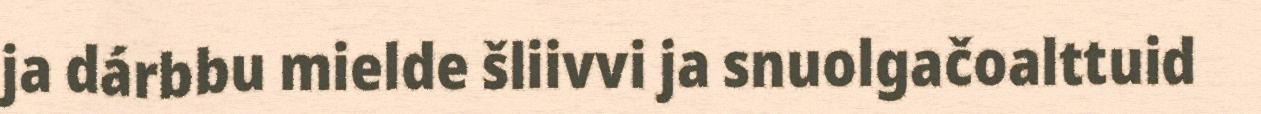
ja dárbbu mielde šliivvi ja snuolgačoalttuid